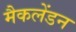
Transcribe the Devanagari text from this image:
मैकलेंडन